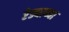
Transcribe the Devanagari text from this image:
रेड्याच्या